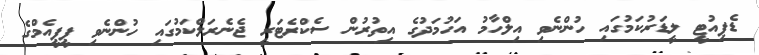
ޑެޕިއުޓީ ލީޑަރުކަމުގައި ހުންނެވި އިލްހާމު އަހުމަދުގެ އިތުރުން ސެކްރެޓަރީ ޖެނެރަލްކަމުގައި ހުންނެވި ޕީޕީއެމްގެ